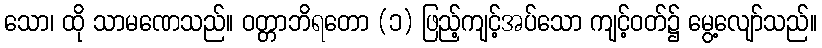
သော၊ ထို သာမဏေသည်။ ဝတ္တာဘိရတော (၁) ဖြည့်ကျင့်အပ်သော ကျင့်ဝတ်၌ မွေ့လျော်သည်။